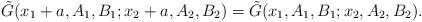
LaTeX: \begin{align*}\tilde{G}(x_1 + a,A_1,B_1;x_2 + a ,A_2,B_2) = \tilde{G}(x_1 ,A_1,B_1;x_2 ,A_2,B_2).\end{align*}